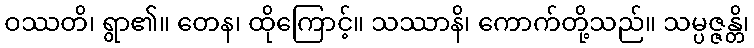
ဝဿတိ၊ ရွာ၏။ တေန၊ ထိုကြောင့်။ သဿာနိ၊ ကောက်တို့သည်။ သမ္ပဇ္ဇန္တိ၊